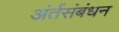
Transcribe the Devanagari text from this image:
अंर्तसंबंधन